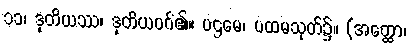
၁၁၊ ဒုတိယဿ၊ ဒုတိယဝဂ်၏။ ပဌမေ၊ ပထမသုတ်၌။ (အတ္ထော၊